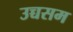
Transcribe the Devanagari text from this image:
उच्चसम